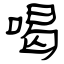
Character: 喝